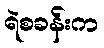
ရဲစခန်းက